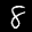
Label: 8